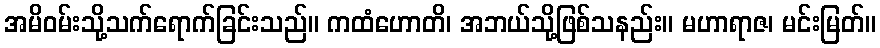
အမိဝမ်းသို့သက်ရောက်ခြင်းသည်။ ကထံဟောတိ၊ အဘယ်သို့ဖြစ်သနည်း။ မဟာရာဇ၊ မင်းမြတ်။